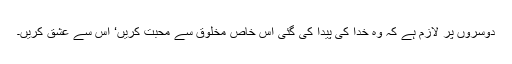
دوسروں پر لازم ہے کہ وہ خدا کی پیدا کی گئی اس خاص مخلوق سے محبت کریں‘ اس سے عشق کریں۔